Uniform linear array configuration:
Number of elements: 8
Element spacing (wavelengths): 0.75
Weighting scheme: hann
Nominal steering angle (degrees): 0
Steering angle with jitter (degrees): -1.777
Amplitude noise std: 0.05
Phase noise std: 0.05

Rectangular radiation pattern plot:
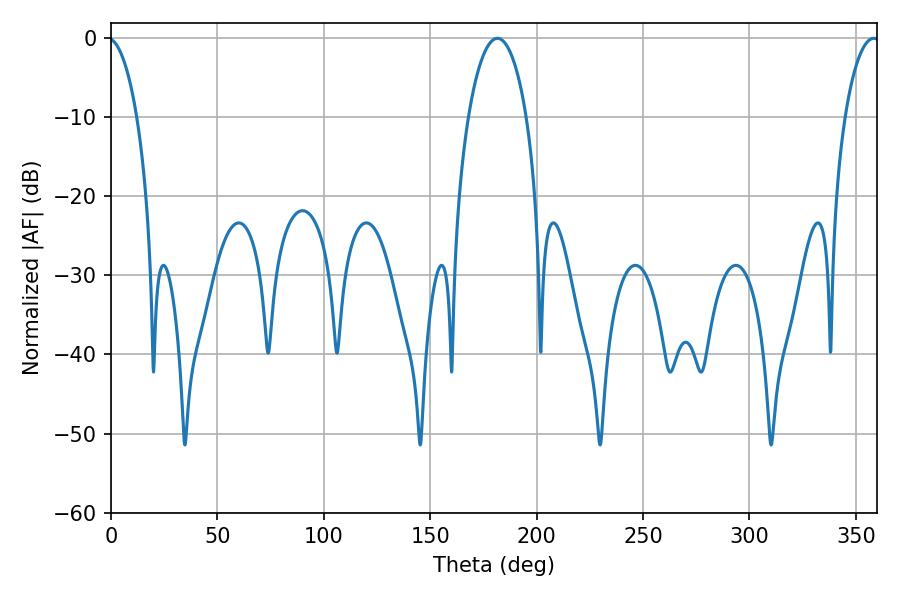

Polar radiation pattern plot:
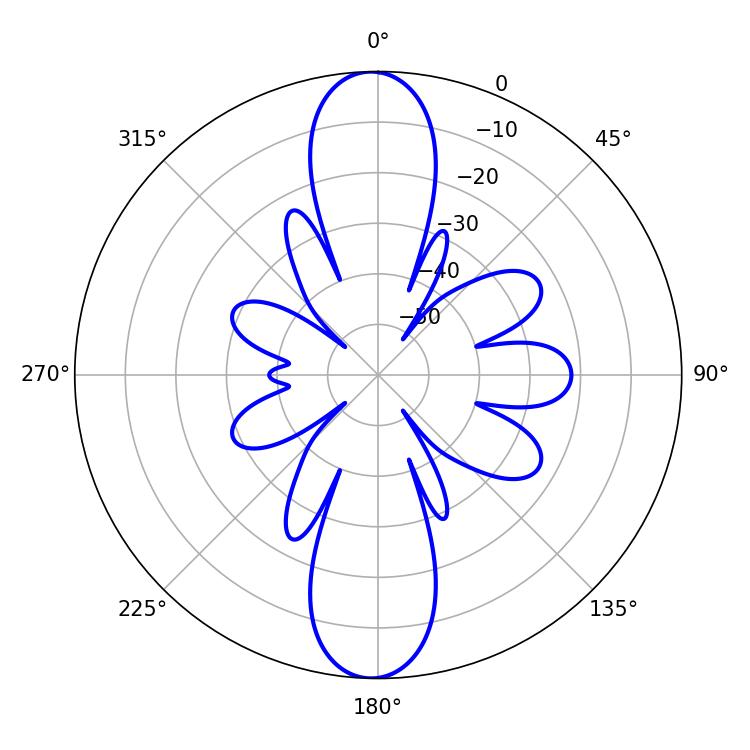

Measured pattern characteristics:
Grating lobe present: TRUE
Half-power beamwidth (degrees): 15.3
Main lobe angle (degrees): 181.62